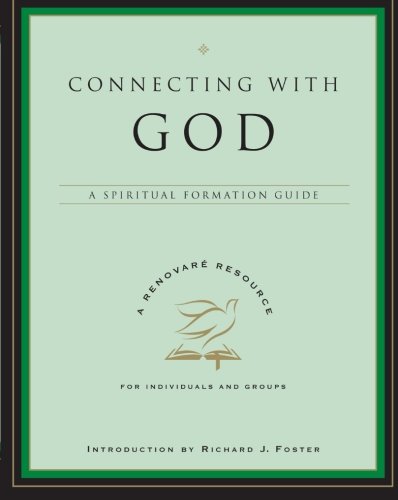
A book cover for Connecting with God: A Spiritual Formation Guide (A Renovare Resource); Christian Books & Bibles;